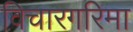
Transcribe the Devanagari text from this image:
विचारगरिमा